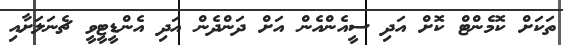
ތަކަށް ކޮމެންޓް ކޮށް އަދި ސީއެންއެން އަށް ދަންދެން އަދި އެންޑީޓީވީ ޗެނަލަށާއި